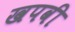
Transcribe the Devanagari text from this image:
खपवी